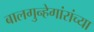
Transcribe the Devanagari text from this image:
बालगुन्हेगांरांच्या